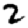
Digit: 2